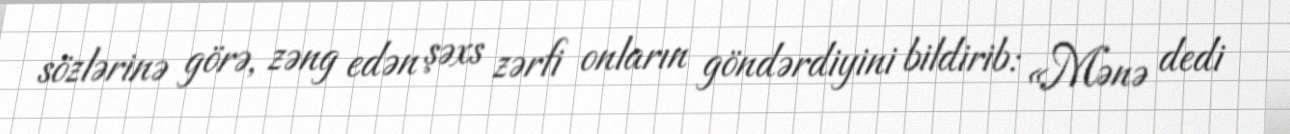
sözlərinə görə, zəng edən şəxs zərfi onların göndərdiyini bildirib: «Mənə dedi